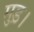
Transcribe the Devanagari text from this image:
मुड़।